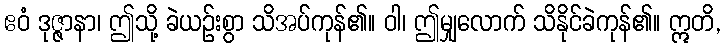
ဧဝံ ဒုဇ္ဇာနာ၊ ဤသို့ ခဲယဉ်းစွာ သိအပ်ကုန်၏။ ဝါ၊ ဤမျှလောက် သိနိုင်ခဲကုန်၏။ ဣတိ,